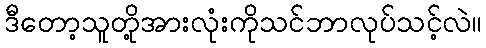
ဒီတော့သူတို့အားလုံးကိုသင်ဘာလုပ်သင့်လဲ။